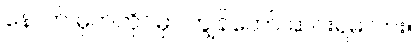
နောက် မှတ်တိုင်မှာ ကျွန်တော် ဆင်းရမလား။